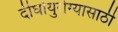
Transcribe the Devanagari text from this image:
दीर्घायुरोग्यासाठी